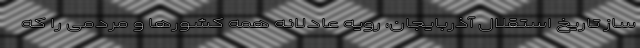
ساز تاریخ استقلال آذربایجان، رویه عادلانه همه کشورها و مردمی را که